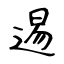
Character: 逷